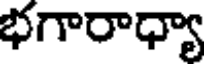
భగారాధ్యా